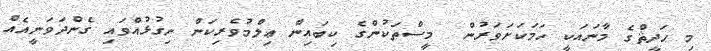
މި ޙަދީޘްގެ މާނައަކީ ހަމަކަށަވަރުން  މީސްތަކުންގެ ކިބައިން ޢިލްމުވެރިކަން ނިގުޅުއްވައި ގެންދަވަނީއެއް